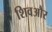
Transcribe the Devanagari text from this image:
शिवऔर